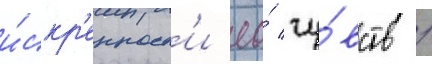
и́скр'енност'и ео́ чу́вств /